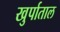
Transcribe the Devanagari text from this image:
खुर्पाताल